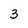
Character: 3